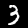
Digit: 3